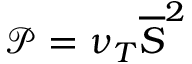
\mathcal { P } = \nu _ { T } \overline { { S } } ^ { 2 }